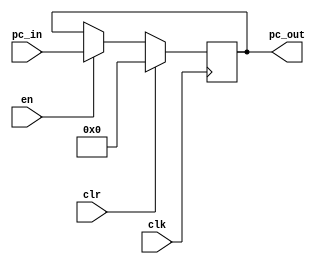
module pc_reg (
        input clk,
        input en,
        input clr,
        input [31:0] pc_in,
        output [31:0] pc_out
    );
    reg [31:0] pc /* verilator public */;
    assign pc_out = pc;

    always @(posedge clk)
        if (clr)
            pc <= 0;
        else if (en)
            pc <= pc_in;

endmodule